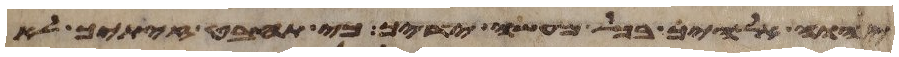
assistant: יהוה אלהיך בכל מעשה ידיך כי תחבט זיתך לא